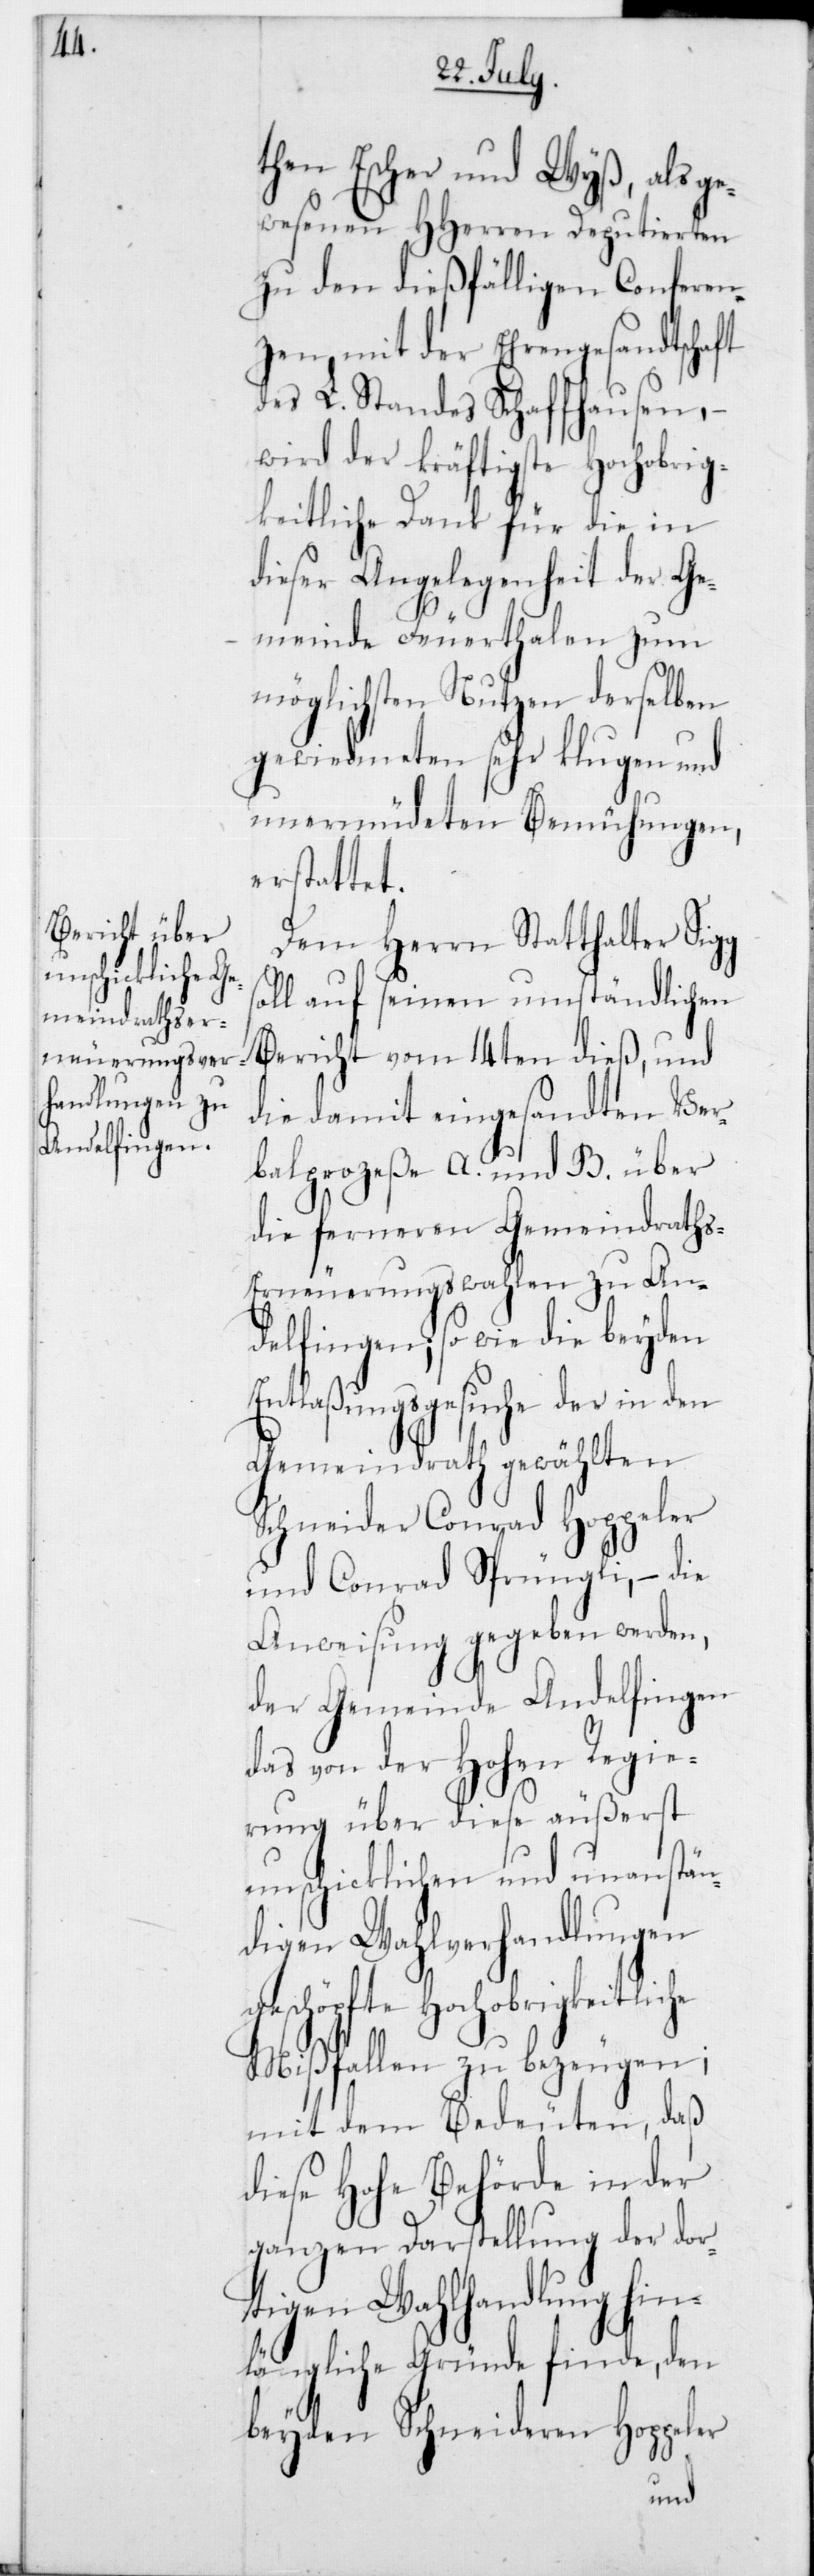
then Escher und Wyß, als ge¬
wesenen HHerren Deputierten
zu den dießfälligen Conferen¬
zen, mit der Ehrengesandtschaft
des L. Standes Schaffhausen, –
wird der kräftigste Hochobrig¬
keitliche Dank für die in
dieser Angelegenheit der Ge¬
meinde Feuerthalen zum
möglichsten Nutzen derselben
gewiedmeten sehr klugen und
unermüdeten Bemühungen,
erstattet.
Dem Herrn Statthalter Sigg
soll auf seinen umständlichen
Bericht vom 14ten dieß, und
die damit eingesandten Ver¬
balprozeße A und B über
die ferneren Gemeindrath¬
s-Erneuerungswahlen zu An¬
delfingen; so wie die beyden
Entlaßungsgesuche der in den
Gemeindrath gewählten
Schneider Conrad Hoppeler
und Conrad Sprüngli, – die
Anweisung gegeben werden,
der Gemeinde Andelfingen
das von der Hohen Regie¬
rung über diese äußerst
unschicklichen und unanstän¬
digen Wahlverhandlungen
geschöpfte Hochobrigkeitliche
Mißfallen zu bezeugen;
mit dem Bedeuten, daß
diese Hohe Behörde in der
ganzen Darstellung der dor¬
tigen Wahlhandlung hin¬
längliche Gründe finde, den
beyden Schneideren Hoppeler